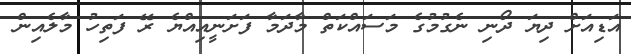
އަޑިއަށް ދިޔަ ދޯނި ނެގުމުގެ މަސައްކަތް މާދަމާ ފަށަނީއިއްޔެ ރޭ ފަތިހު މާލެއިން